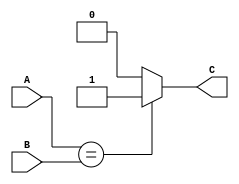
module xnorGate(A, B, C);
input A, B; 
output C; 
reg C; 
always @(A or B)
begin 
    if ( A == B)
        C = 1'b1; 
    else 
        C = 1'b0;
end
endmodule

module test; 
reg A, B; 
wire C; 
xnorGate i(A, B, C); 
initial 
begin
    A = 1'b0;
    B = 1'b0; 
    $monitor ("Time= %0t , A= %b , B = %b , C = %b" , $time , A , B , C); 
    #5 A= 1'b0 ; B= 1'b0; 
    #5 A= 1'b0 ; B= 1'b1; 
    #5 A= 1'b1 ; B= 1'b0; 
    #5 A= 1'b1 ; B= 1'b1; 
end 
endmodule